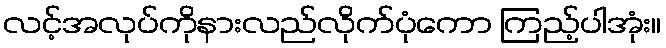
လင့်အလုပ်ကိုနားလည်လိုက်ပုံကော ကြည့်ပါအုံး။